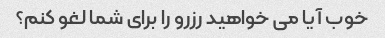
خوب آیا می خواهید رزرو را برای شما لغو کنم؟